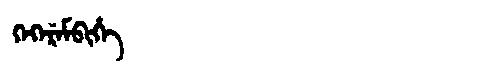
Manchu: ᡴᡝᡴᡝᡵᡝᠮᠪᡳᡥᡝ
Romanization: KEKEREMBIHE